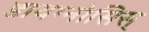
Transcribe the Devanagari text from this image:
डायग्नोसिस्